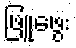
ဖြူဖွေး